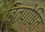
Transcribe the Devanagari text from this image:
वितपोषित